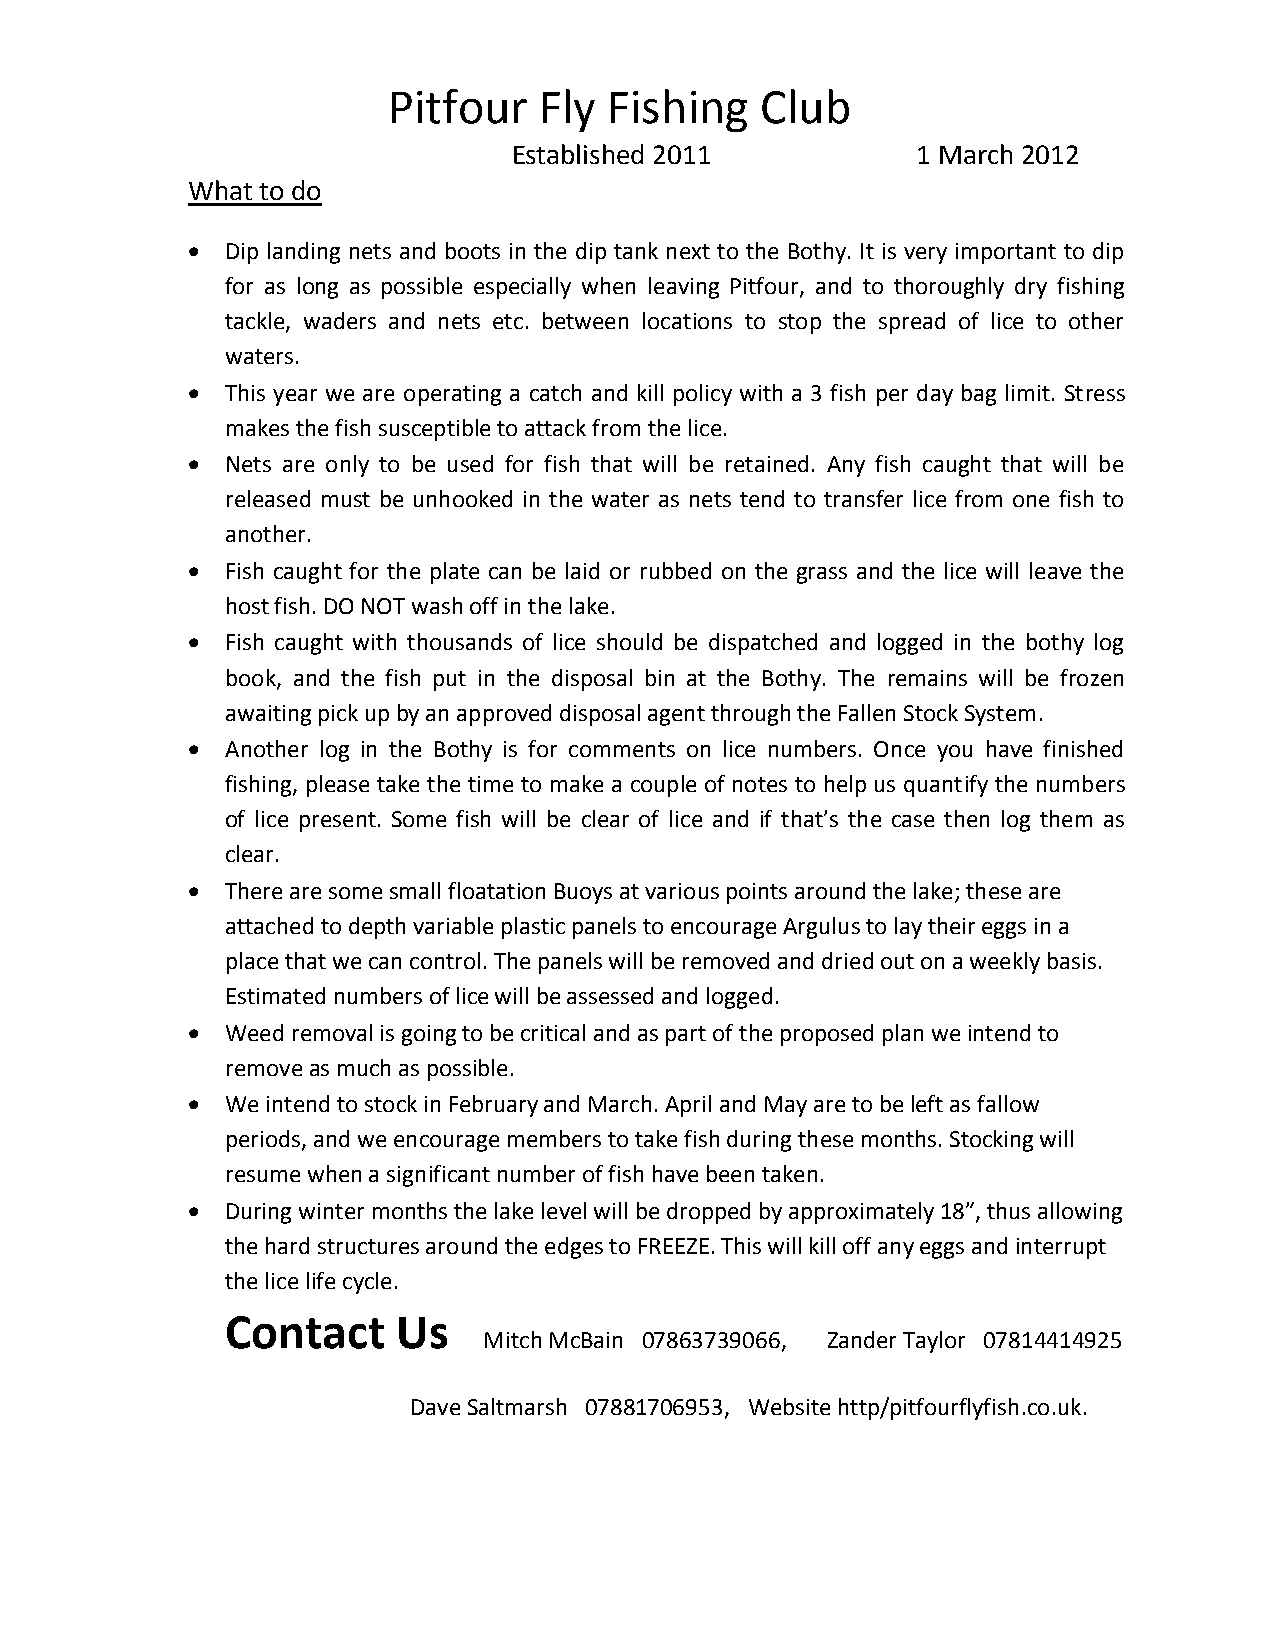
Pitfour   Fly Fishing   Club
 Established 2011           1 March 2012
 What to do
   Dip landing nets and boots in the dip tank next to the Bothy. It is very important to dip
 for as long as possible especially when leaving Pitfour, and to thoroughly dry fishing
 tackle, waders and nets etc. between locations to stop the spread of lice to other
 waters.
   This year we are operating a catch and kill policy with a 3 fish per day bag limit. Stress
 makes the fish susceptible to attack from the lice.
   Nets are only to be used for fish that will be retained. Any fish caught that will be
 released must be unhooked in the water as nets tend to transfer lice from one fish to
 another.
   Fish caught for the plate can be laid or rubbed on the grass and the lice will leave the
 host fish. DO NOT wash off in the lake.
   Fish caught with thousands of lice should be dispatched and logged in the bothy log
 book, and the fish put in the disposal bin at the Bothy. The remains will be frozen
 awaiting pick up by an approved disposal agent through the Fallen Stock System.
   Another log in the Bothy is for comments on lice numbers. Once you have finished
 fishing, please take the time to make a couple of notes to help us quantify the numbers
 of lice present. Some fish will be clear of lice and if that’s the case then log them as
 clear.
   There are some small floatation Buoys at various points around the lake; these are
 attached to depth variable plastic panels to encourage Argulus to lay their eggs in a
 place that we can control. The panels will be removed and dried out on a weekly basis.
 Estimated numbers of lice will be assessed and logged.
   Weed removal is going to be critical and as part of the proposed plan we intend to
 remove as much as possible.
   We intend to stock in February and March. April and May are to be left as fallow
 periods, and we encourage members to take fish during these months. Stocking will
 resume when a significant number of fish have been taken.
   During winter months the lake level will be dropped by approximately 18”, thus allowing
 the hard structures around the edges to FREEZE. This will kill off any eggs and interrupt
 the lice life cycle.
 Contact    Us
 Mitch McBain 07863739066, Zander Taylor 07814414925
 Dave Saltmarsh 07881706953, Website http/pitfourflyfish.co.uk.